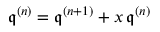
{ \mathfrak { q } } ^ { ( n ) } = { \mathfrak { q } } ^ { ( n + 1 ) } + x \, { \mathfrak { q } } ^ { ( n ) }